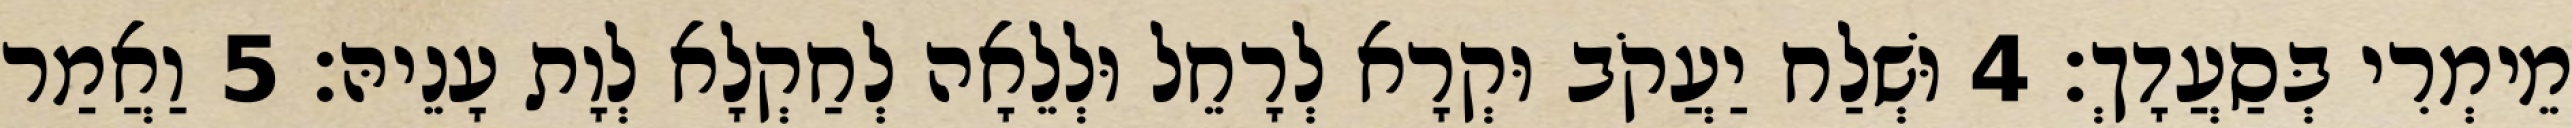
מֵימְרִי בְּסַעֲדָךְ׃ 4 וּשְׁלַח יַעֲקֹב וּקְרָא לְרָחֵל וּלְלֵאָה לְחַקְלָא לְוָת עָנֵיהּ׃ 5 וַאֲמַר